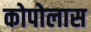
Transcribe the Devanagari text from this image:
कोपोलास